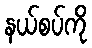
နယ်စပ်ကို